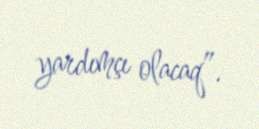
yardımçı olacaq”.